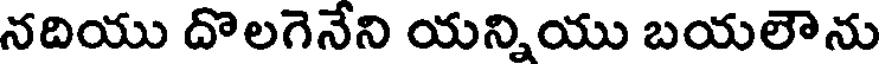
నదియు దొలగెనేని యన్నియు బయలౌను